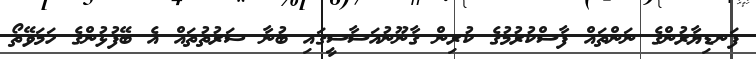
ފަނޑިޔާރުންގެ ނަންތައް ފާސްކުރުމުގެ ކުރިން ގާނޫނުއަސާސީގައި ބުނާ ޝަރުތުތައް އެ ބޭފުޅުންގެ ހަމަވޭތޯ